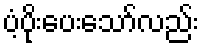
ပံ့ပိုးပေးသော်လည်း